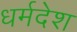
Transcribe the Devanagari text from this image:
धर्मदेश